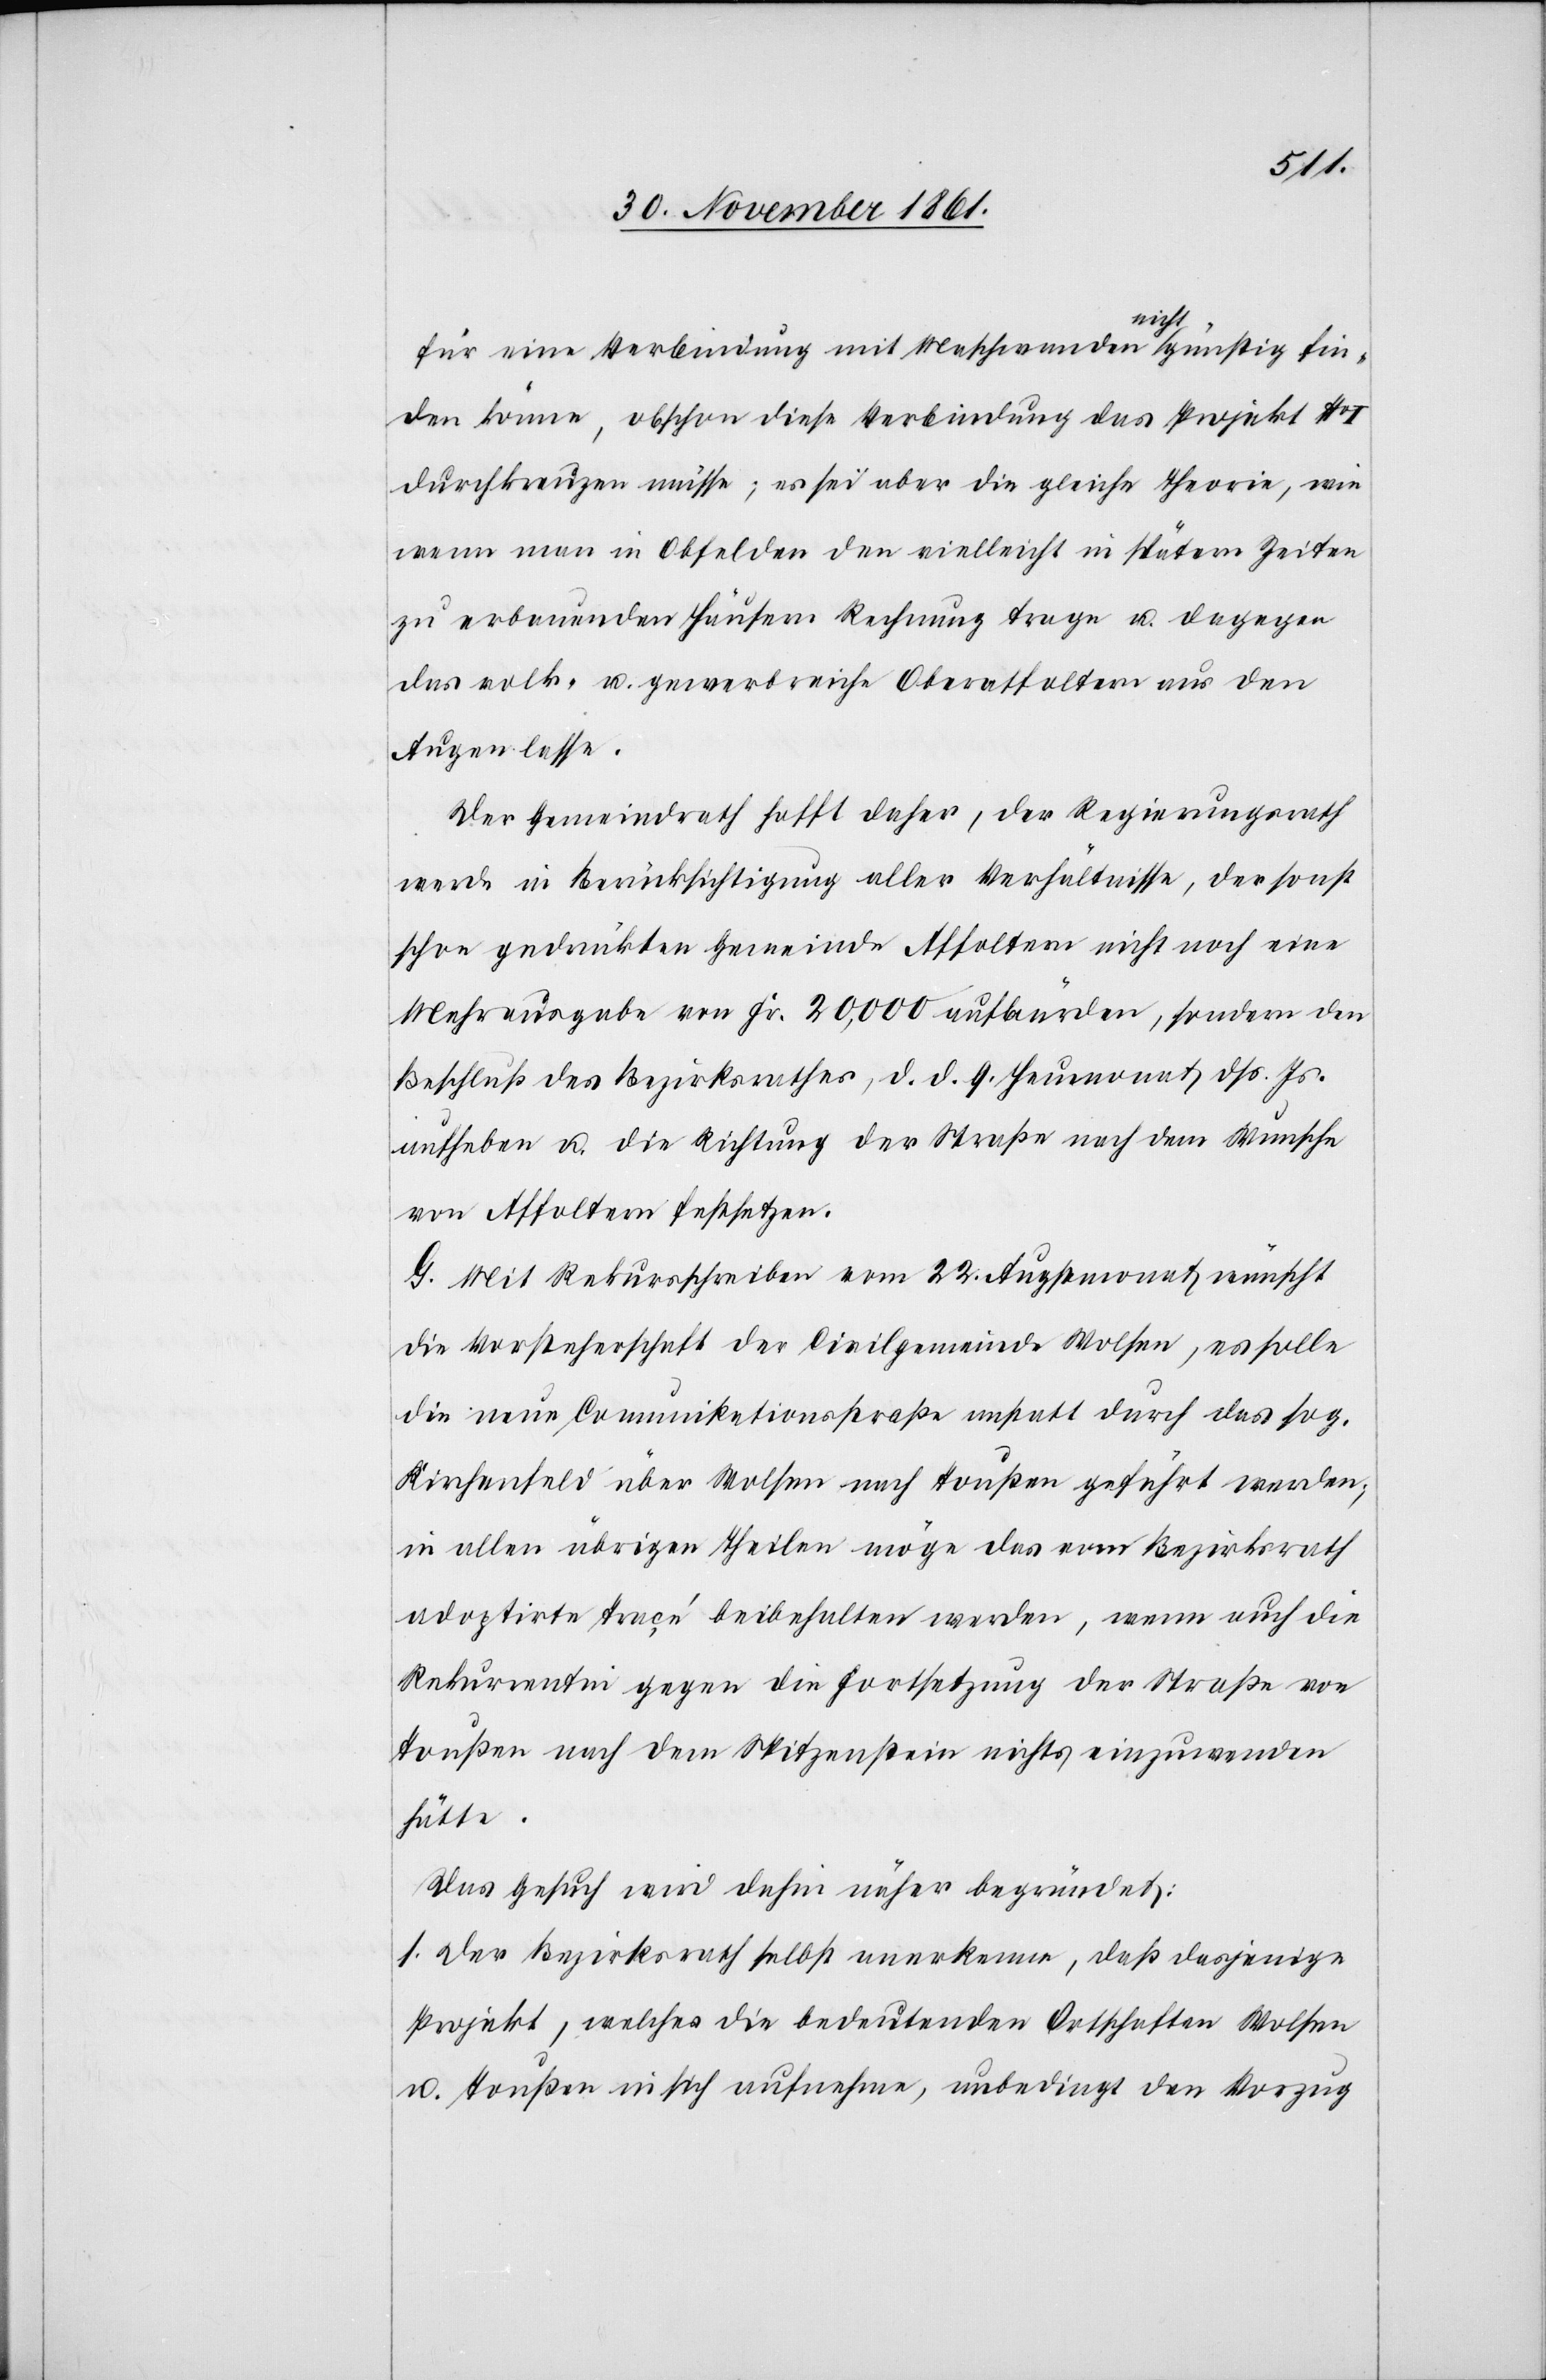
für eine Verbindung mit Maschwanden nicht günstig fin¬
den könne, obschon diese Verbindung das Projekt No
durchkreuzen müsse; es sei aber die gleiche Theorie, wie
wenn man in Obfelden den vielleicht in spätern Zeiten
zu erbauenden Häusern Rechnung trage u. dagegen
das volk- u. gewerbsreiche Oberaffoltern aus den
Augen lasse.
Der Gemeindrath hofft daher, der Regierungsrath
werde in Berücksichtigung aller Verhältnisse, der sonst
schon gedrückten Gemeinde Affoltern nicht noch eine
Mehrausgabe von Fr. 20,000 aufbürden, sondern den
Beschluß des Bezirksrathes, d. d. 9 Heumonat dß. Js.
aufheben u. die Richtung der Straße nach dem Wunsche
von Affoltern festsetzen.
G. Mit Rekursschreiben vom 23 Augstmonat wünscht
die Vorsteherschaft der Civilgemeinde Wolsen, es solle
die neue Communikationsstraße anstatt durch das sog.
Kirchenfeld über Wolsen nach Toußen geführt werden;
in allen übrigen Theilen möge das vom Bezirksrath
adoptirte Tracé beibehalten werden, wenn auch die
Rekurrentin gegen die Fortsetzung der Straße von
Toußen nach dem Spitzenstein nichts einzuwenden
hätte.
Das Gesuch wird dahin näher begründet:
1. Der Bezirksrath selbst anerkenne, daß dasjenige
Projekt, welches die bedeutenden Ortschaften Wolsen
u. Toußen in sich aufnehme, unbedingt den Vorzug